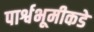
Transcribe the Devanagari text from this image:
पार्श्वभूमीकडे